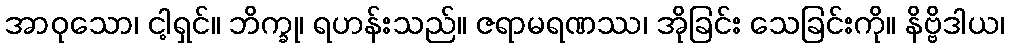
အာဝုသော၊ ငါ့ရှင်။ ဘိက္ခု၊ ရဟန်းသည်။ ဇရာမရဏဿ၊ အိုခြင်း သေခြင်းကို။ နိဗ္ဗိဒါယ၊